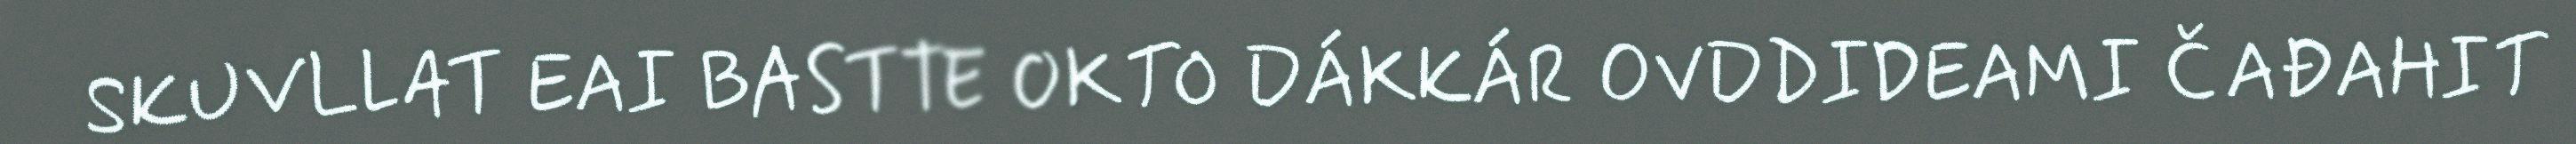
SKUVLLAT EAI BASTTE OKTO DÁKKÁR OVDDIDEAMI ČAĐAHIT